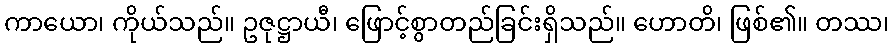
ကာယော၊ ကိုယ်သည်။ ဥဇုဋ္ဌာယီ၊ ဖြောင့်စွာတည်ခြင်းရှိသည်။ ဟောတိ၊ ဖြစ်၏။ တဿ၊